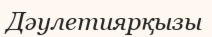
Дәулетиярқызы